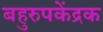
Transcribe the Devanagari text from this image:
बहुरुपकेंद्रक